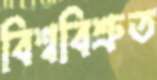
বিশ্ববিশ্রুত